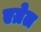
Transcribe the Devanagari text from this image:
एग्रेल